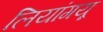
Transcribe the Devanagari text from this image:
लियांगयू